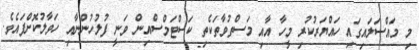
މި މައްސަލައިގައި ހައްޔަރުކުރި މީހާ އާއި މަސްތުވާތަކެތި ކަސްޓަމްސްއިން ވަނީ ފުލުހުންނާއި ހަވާލުކޮށްފައެވެ.